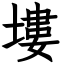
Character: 塿